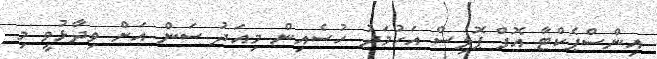
އިންސްޕެކްޓާ އޮފް ޕޮލިސް އަހުމަދު ހުސެއިން މިއަދު ސަން އަށް ވިދާޅުވީ މި